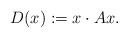
LaTeX: \begin{align*}D(x) := x \cdot A x. \end{align*}